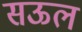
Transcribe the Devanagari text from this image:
सऊल